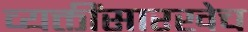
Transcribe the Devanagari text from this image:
व्यक्तींसारखेच